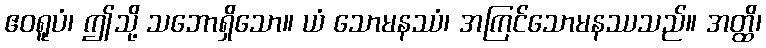
ဧဝရူပံ၊ ဤသို့ သဘောရှိသော။ ယံ သောမနဿံ၊ အကြင်သောမနဿသည်။ အတ္ထိ၊